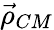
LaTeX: \vec{\rho}_{CM}